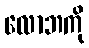
လောဘကို